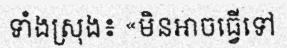
ទាំងស្រុង៖ «មិនអាចធ្វើទៅ